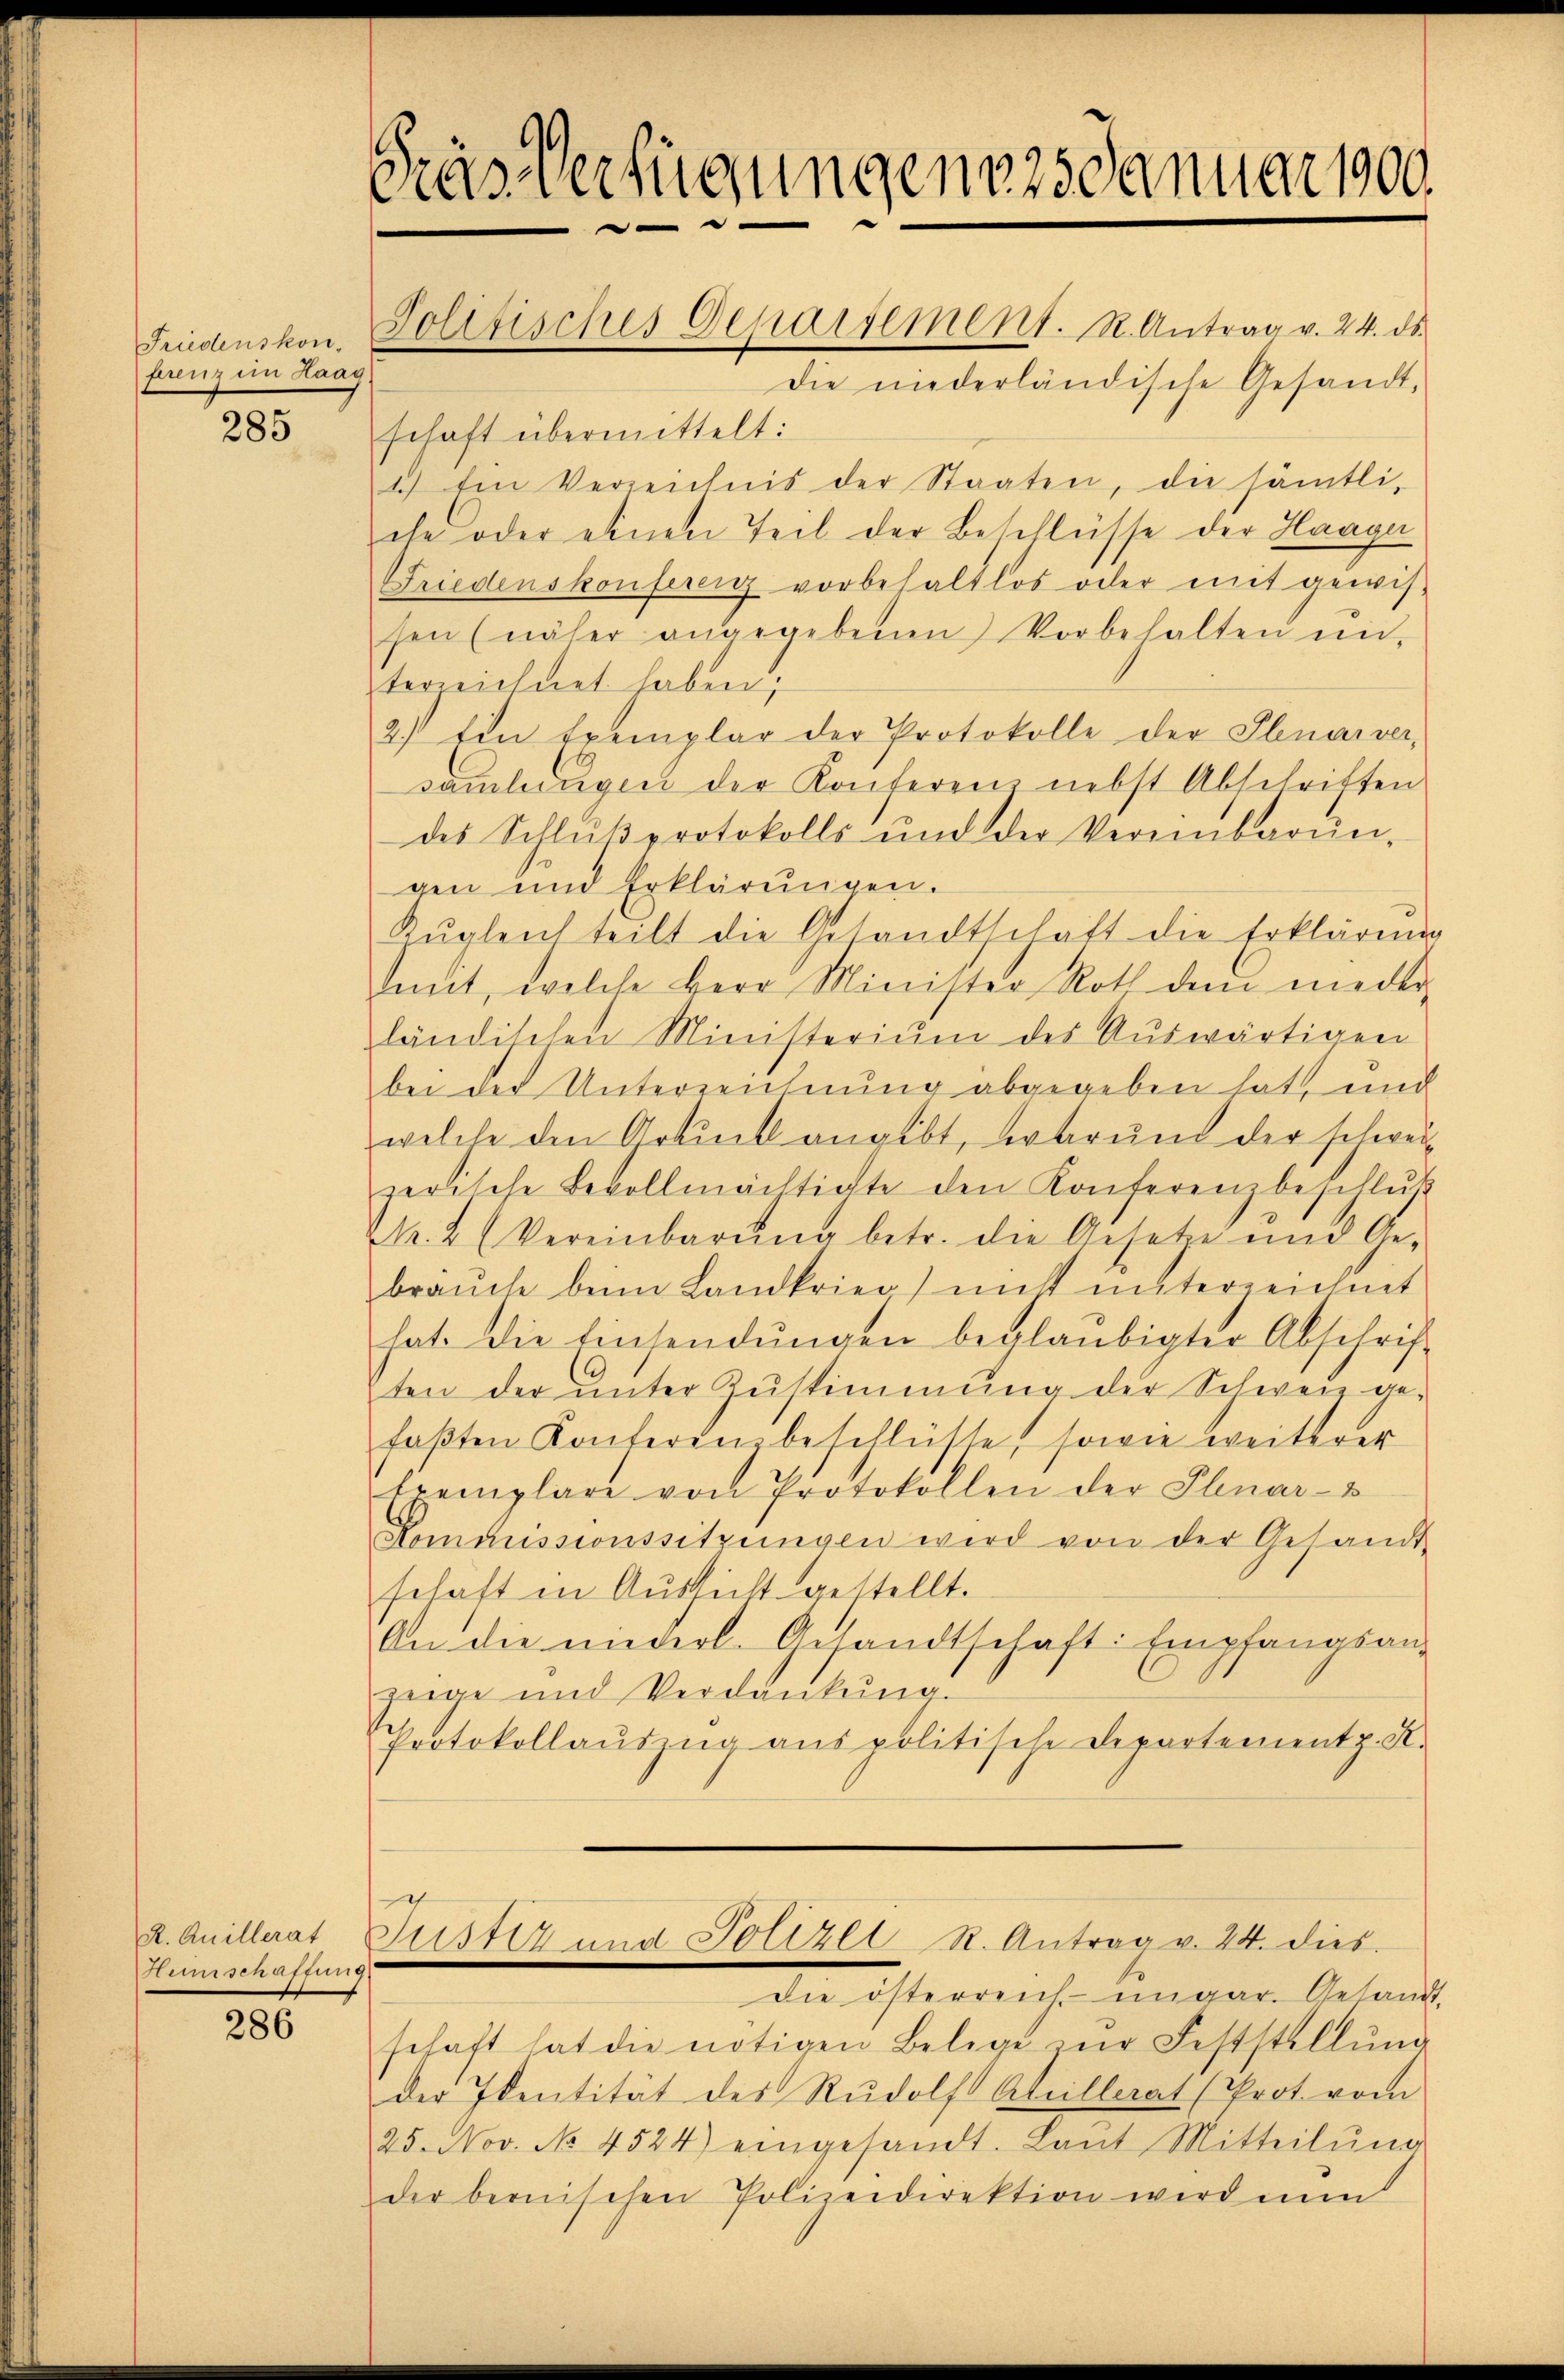
Friedenskonfunz im Haag

285

R. Quillerat
Heimschaffung

286

mas verfügungen 25 Januar 1900.
—

Die niederländische Gesandt,
schaft übermittelt:
1.) Ein Verzeichnis der Staaten, die sämtli-
che oder einen Teil der Beschlüsse der Haager
Friedenskonferer vorbehaltlos oder mit gewis-
sen (näher angegebenen Vorbehalten ŭn-
terzeichnet haben;
2.) Ein Exemplar der Protokolle der Ebnarver-
sammlungen der Konferen nebst Abschriften
des Schlŭβprotokolls und der Vereinbarŭn-
gen und Erklärŭngen.
Zŭgleich teilt die Gesandtschaft die Erklärung
Imit, welche Herr Minister Roth dem nieder-
ländischen Ministerium des Auswärtigen
bei der Unterzeichnung abgegeben hat, und
welche den Artuck angibt, warum der schwei-
zerische Bevollmächtigte den Konferenzbeschlŭβ
M. 2 (Vereinbarŭng betr. die Gesetze und Ge-
braŭche beim Landkrieg nicht unterzeichnet
hat die Einsendŭngen beglaubigter Abschrift
ten der ŭnter Zŭstimmung der Schwer ge-
faβten Konferen beschlüsse, sowie weiterer
tremplare von Protokollen der Pluar-
Kommissionssitzungen wird von der Gesandt
schaft in Aussicht gestellt.
An die niederl. Gesandtschaft: Empfangsan-
zeige und Verdankŭng.
Protokollauszug aus politische Departementp. K.

Jolitisches Departement. R. Antrag v. 24. ds.

Justiz und Polizel St. Antrag v. 24. dies

die österreich-ungar. Gesandt
schaft hat die nötigen Belege zur Feststellŭng
der Identität des Rudolf Atrillerat (Prot. vom
25. Nov. No 4524) eingesandt. Laut Mitteilŭng
der bernischen Polizeidirektion wird nun